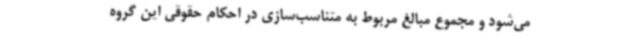
می‌شود و مجموع مبالغ مربوط به متناسب‌سازی در احکام حقوقی این گروه